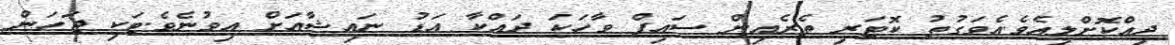
ދިއްކޮށްލިއެވެ.އެވަގުތު ކޮޓަރި ތެރެއިން ސައިފް ވާހަކަ ދައްކާ އަޑު ނައިޝާއަށް އިވުނެވެ.ޓަކި ޖަހަން